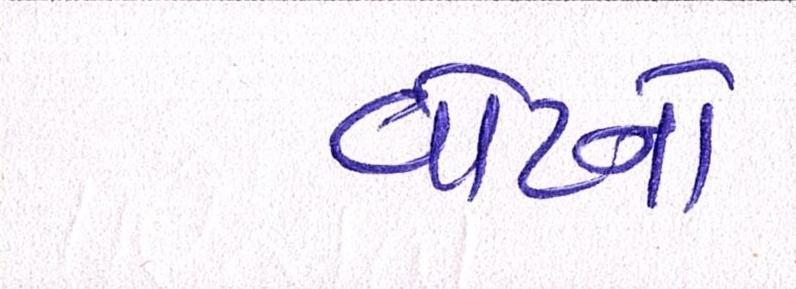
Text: વોટના